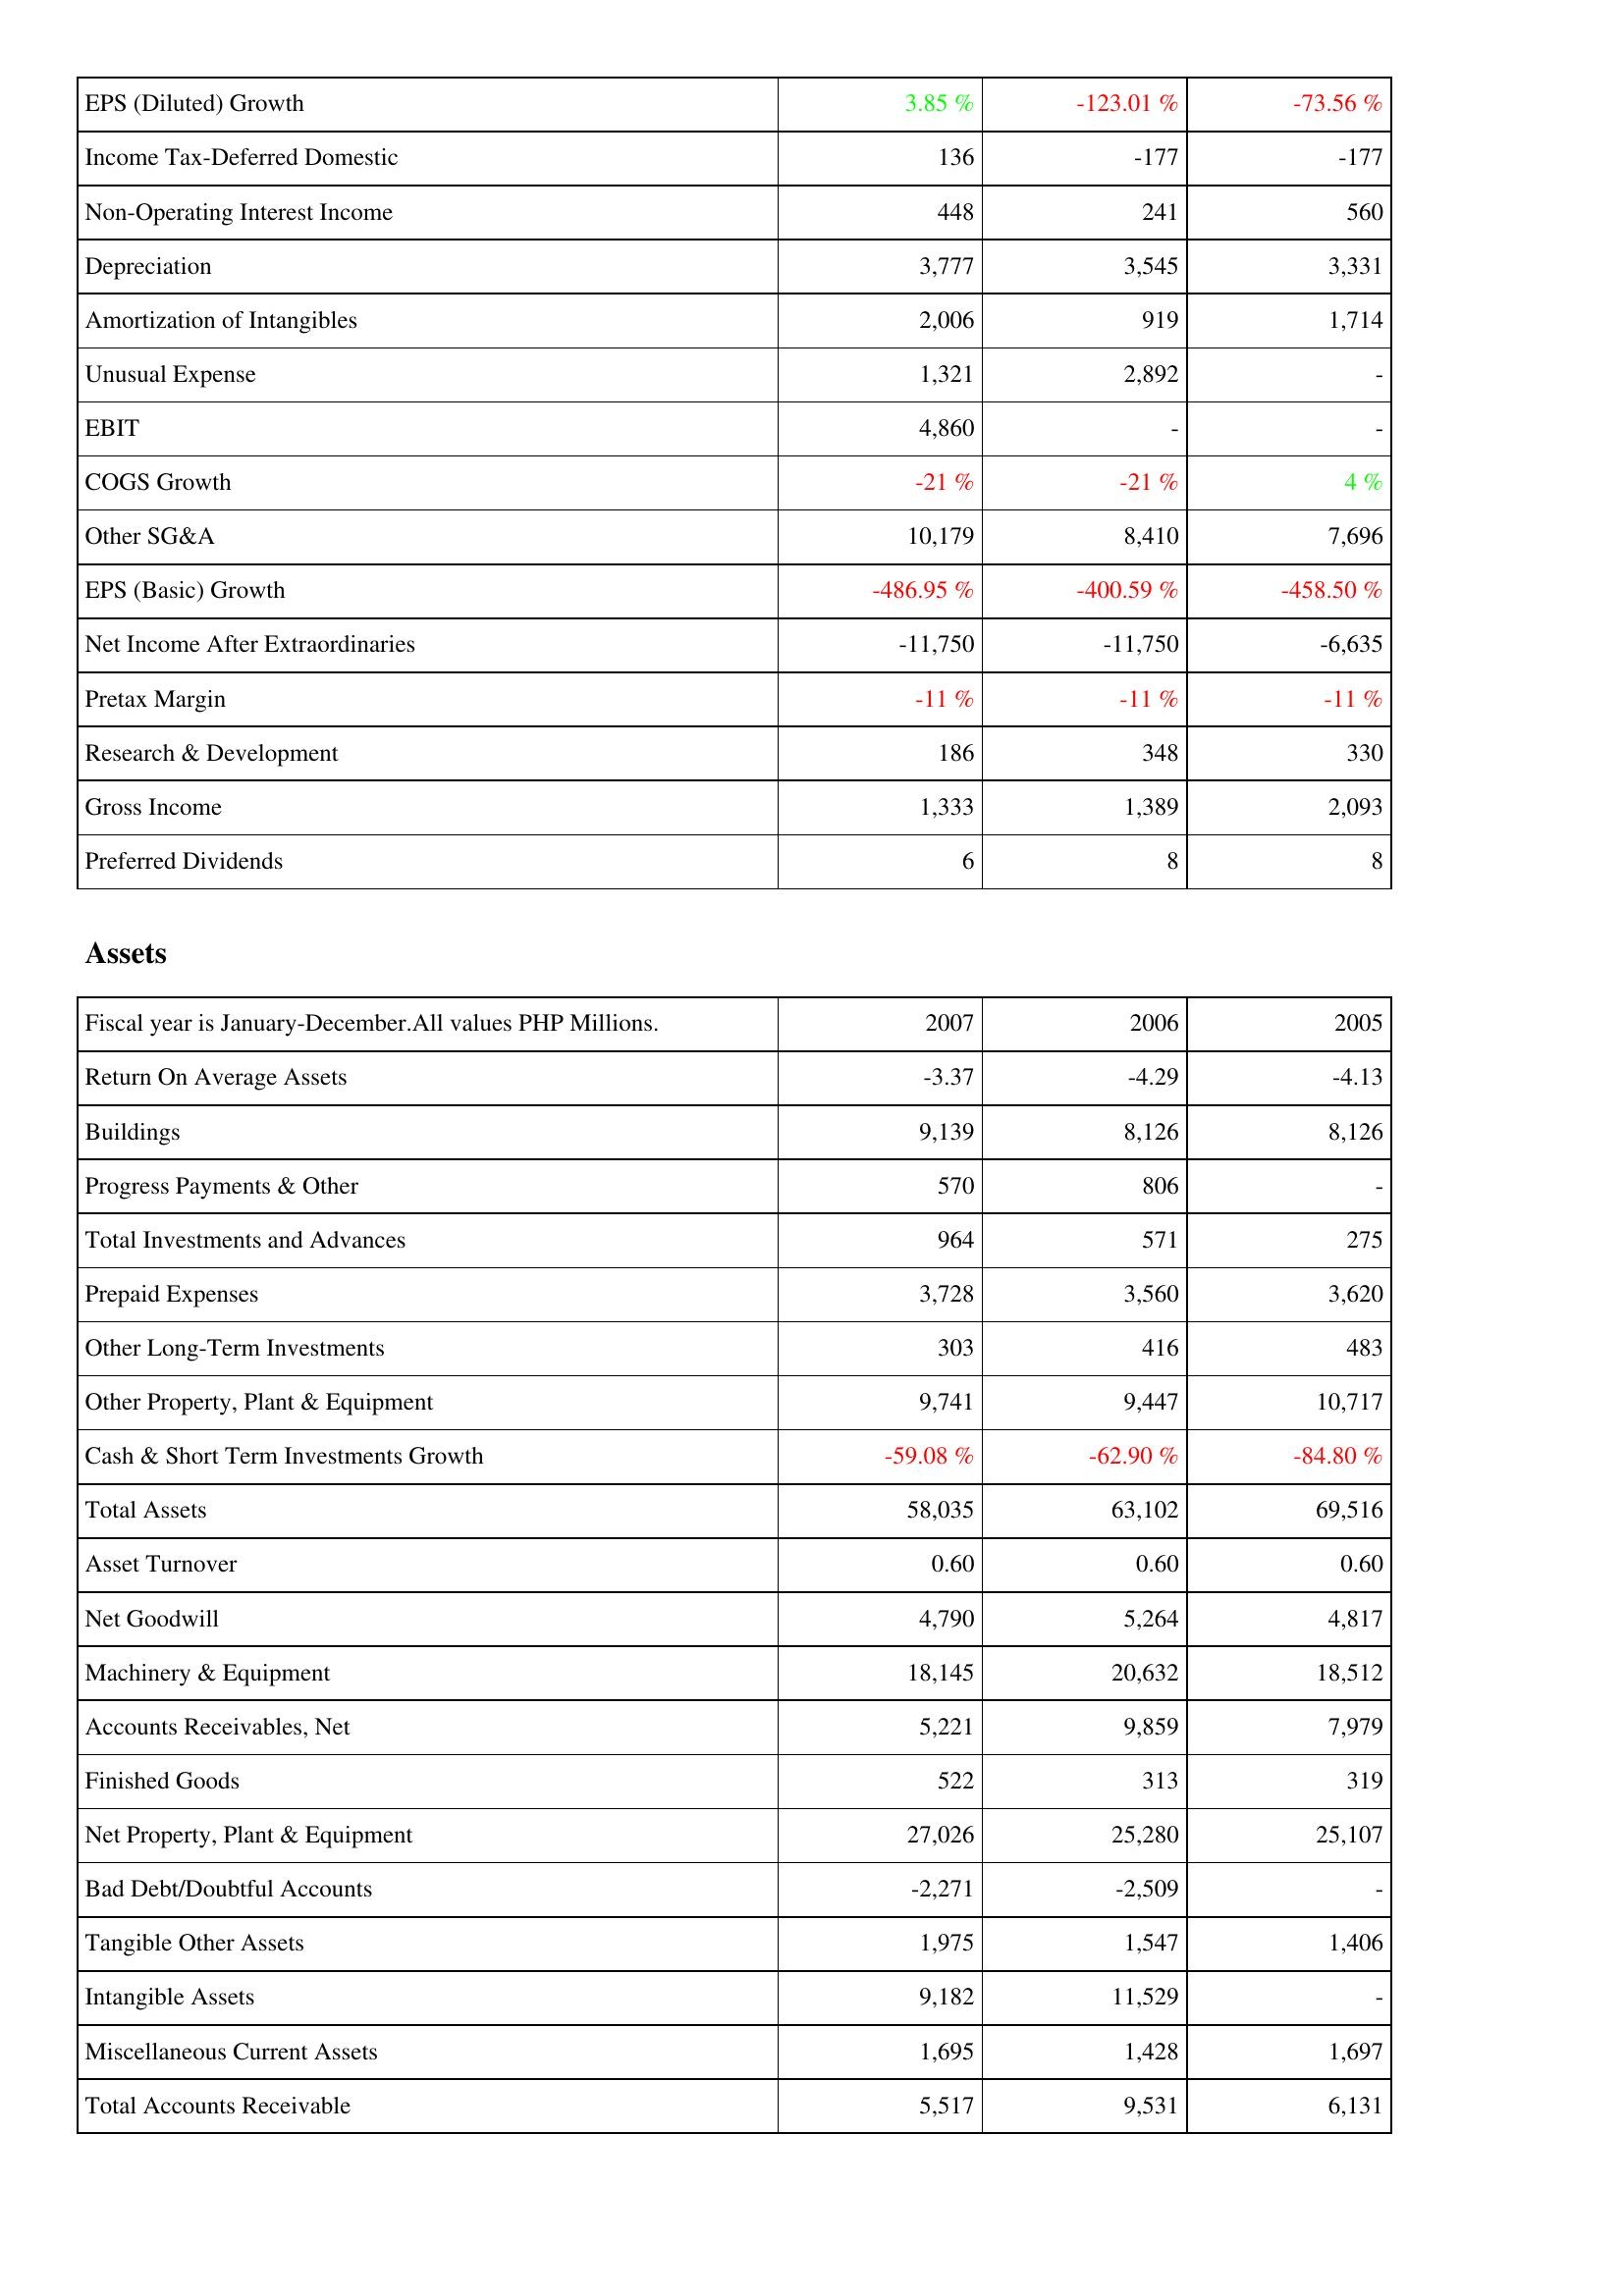
2007: Income Statement: EPS (Diluted) Growth: 3.85 %
Income Tax-Deferred Domestic: 136
Non-Operating Interest Income: 448
Depreciation: 3,777
Amortization of Intangibles: 2,006
Unusual Expense: 1,321
EBIT: 4,860
COGS Growth: -21 %
Other SG&A: 10,179
EPS (Basic) Growth: -486.95 %
Net Income After Extraordinaries: -11,750
Pretax Margin: -11 %
Research & Development: 186
Gross Income: 1,333
Preferred Dividends: 6
Assets: Return On Average Assets: -3.37
Buildings: 9,139
Progress Payments & Other: 570
Total Investments and Advances: 964
Prepaid Expenses: 3,728
Other Long-Term Investments: 303
Other Property, Plant & Equipment: 9,741
Cash & Short Term Investments Growth: -59.08 %
Total Assets: 58,035
Asset Turnover: 0.60
Net Goodwill: 4,790
Machinery & Equipment: 18,145
Accounts Receivables, Net: 5,221
Finished Goods: 522
Net Property, Plant & Equipment: 27,026
Bad Debt/Doubtful Accounts: -2,271
Tangible Other Assets: 1,975
Intangible Assets: 9,182
Miscellaneous Current Assets: 1,695
Total Accounts Receivable: 5,517
2006: Income Statement: EPS (Diluted) Growth: -123.01 %
Income Tax-Deferred Domestic: -177
Non-Operating Interest Income: 241
Depreciation: 3,545
Amortization of Intangibles: 919
Unusual Expense: 2,892
EBIT: -
COGS Growth: -21 %
Other SG&A: 8,410
EPS (Basic) Growth: -400.59 %
Net Income After Extraordinaries: -11,750
Pretax Margin: -11 %
Research & Development: 348
Gross Income: 1,389
Preferred Dividends: 8
Assets: Return On Average Assets: -4.29
Buildings: 8,126
Progress Payments & Other: 806
Total Investments and Advances: 571
Prepaid Expenses: 3,560
Other Long-Term Investments: 416
Other Property, Plant & Equipment: 9,447
Cash & Short Term Investments Growth: -62.90 %
Total Assets: 63,102
Asset Turnover: 0.60
Net Goodwill: 5,264
Machinery & Equipment: 20,632
Accounts Receivables, Net: 9,859
Finished Goods: 313
Net Property, Plant & Equipment: 25,280
Bad Debt/Doubtful Accounts: -2,509
Tangible Other Assets: 1,547
Intangible Assets: 11,529
Miscellaneous Current Assets: 1,428
Total Accounts Receivable: 9,531
2005: Income Statement: EPS (Diluted) Growth: -73.56 %
Income Tax-Deferred Domestic: -177
Non-Operating Interest Income: 560
Depreciation: 3,331
Amortization of Intangibles: 1,714
Unusual Expense: -
EBIT: -
COGS Growth: 4 %
Other SG&A: 7,696
EPS (Basic) Growth: -458.50 %
Net Income After Extraordinaries: -6,635
Pretax Margin: -11 %
Research & Development: 330
Gross Income: 2,093
Preferred Dividends: 8
Assets: Return On Average Assets: -4.13
Buildings: 8,126
Progress Payments & Other: -
Total Investments and Advances: 275
Prepaid Expenses: 3,620
Other Long-Term Investments: 483
Other Property, Plant & Equipment: 10,717
Cash & Short Term Investments Growth: -84.80 %
Total Assets: 69,516
Asset Turnover: 0.60
Net Goodwill: 4,817
Machinery & Equipment: 18,512
Accounts Receivables, Net: 7,979
Finished Goods: 319
Net Property, Plant & Equipment: 25,107
Bad Debt/Doubtful Accounts: -
Tangible Other Assets: 1,406
Intangible Assets: -
Miscellaneous Current Assets: 1,697
Total Accounts Receivable: 6,131